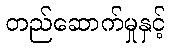
တည်ဆောက်မှုနှင့်